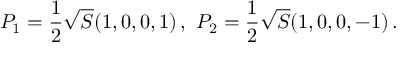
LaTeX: P _ { 1 } = { \frac { 1 } { 2 } } \sqrt { S } ( 1 , 0 , 0 , 1 ) \, , \, \, P _ { 2 } = { \frac { 1 } { 2 } } \sqrt { S } ( 1 , 0 , 0 , - 1 ) \, . \,